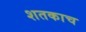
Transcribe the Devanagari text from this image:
शतकाच